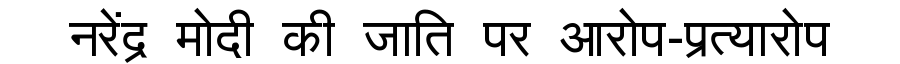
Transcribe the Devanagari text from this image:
नरेंद्र मोदी की जाति पर आरोप-प्रत्यारोप